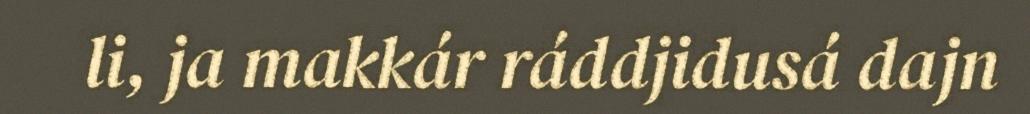
li, ja makkár ráddjidusá dajn